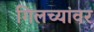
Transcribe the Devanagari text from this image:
गिलच्यांवर